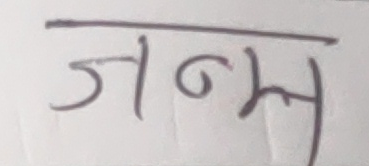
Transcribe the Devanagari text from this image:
जन्म